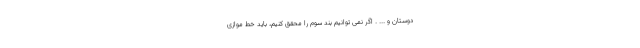
دوستان و ... . اگر نمی توانیم بند سوم را محقق کنیم، باید خط موازی